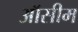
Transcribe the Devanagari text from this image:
ऑसीम